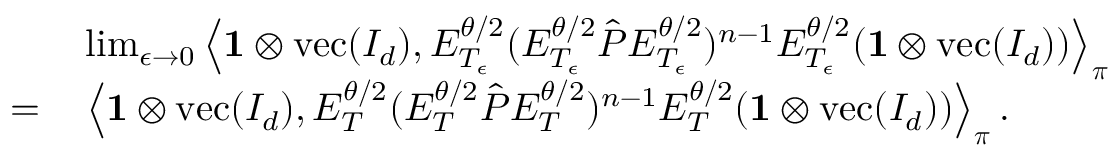
\begin{array} { r l } & { \operatorname* { l i m } _ { \epsilon \to 0 } \left\langle \mathbf { 1 } \otimes \operatorname { v e c } ( I _ { d } ) , E _ { T _ { \epsilon } } ^ { \theta / 2 } ( E _ { T _ { \epsilon } } ^ { \theta / 2 } \hat { P } E _ { T _ { \epsilon } } ^ { \theta / 2 } ) ^ { n - 1 } E _ { T _ { \epsilon } } ^ { \theta / 2 } ( \mathbf { 1 } \otimes \operatorname { v e c } ( I _ { d } ) ) \right\rangle _ { \boldsymbol \pi } } \\ { = \, } & { \left\langle \mathbf { 1 } \otimes \operatorname { v e c } ( I _ { d } ) , E _ { T } ^ { \theta / 2 } ( E _ { T } ^ { \theta / 2 } \hat { P } E _ { T } ^ { \theta / 2 } ) ^ { n - 1 } E _ { T } ^ { \theta / 2 } ( \mathbf { 1 } \otimes \operatorname { v e c } ( I _ { d } ) ) \right\rangle _ { \boldsymbol \pi } . } \end{array}